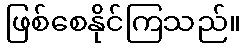
ဖြစ်စေနိုင်ကြသည်။